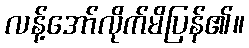
လန့်အော်လိုက်မိပြန်၏။